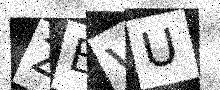
Text: ZEVU